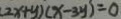
( 2 x + y ) ( x - 3 y ) = 0